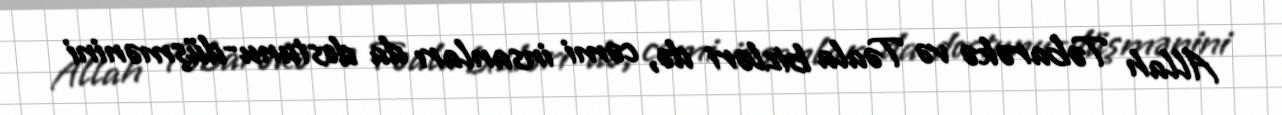
Allah Təbarəkə və Təala bizləri də, cəmi insanları da dostunu-düşmənini